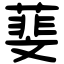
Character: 𦻔